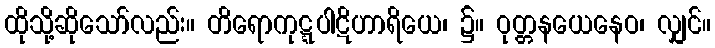
ထိုသို့ဆိုသော်လည်း။ တိရောကုဋ္ဋပါဋိဟာရိယေ၊ ၌။ ဝုတ္တနယေနေဝ၊ လျှင်။